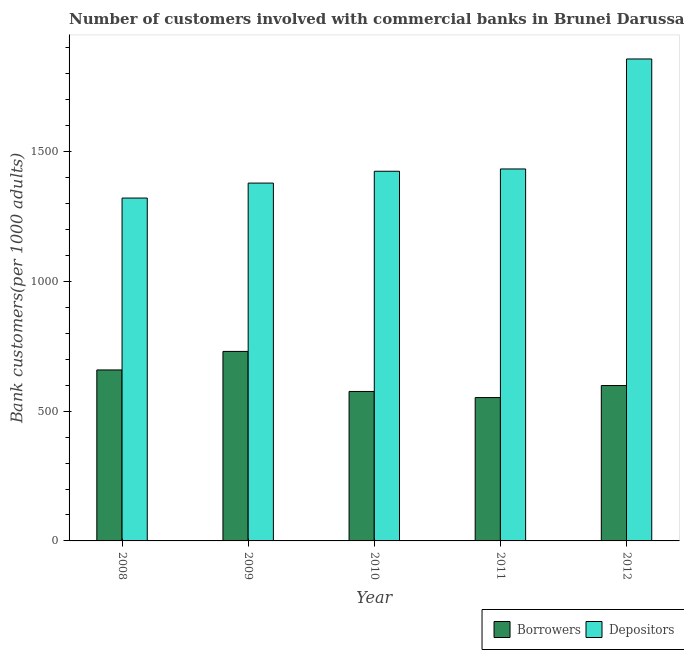
| Year | Borrowers | Depositors |
 | --- | --- | --- |
 | 2008 | 659 | 1.32e+03 |
 | 2009 | 730 | 1.38e+03 |
 | 2010 | 576 | 1.42e+03 |
 | 2011 | 552 | 1.43e+03 |
 | 2012 | 599 | 1.86e+03 |